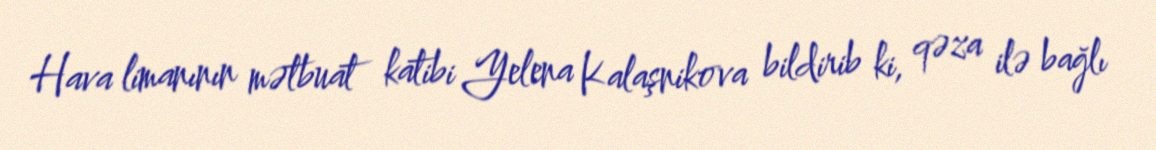
Hava limanının mətbuat katibi Yelena Kalaşnikova bildirib ki, qəza ilə bağlı